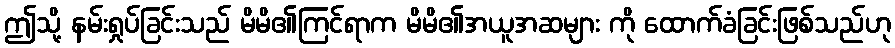
ဤသို့ နမ်းရှုပ်ခြင်းသည် မိမိ၏ကြင်ရာက မိမိ၏အယူအဆများ ကို ထောက်ခံခြင်းဖြစ်သည်ဟု